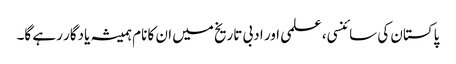
پاکستان کی سائنسی، علمی اور ادبی تاریخ میں ان کا نام ہمیشہ یادگار رہے گا۔